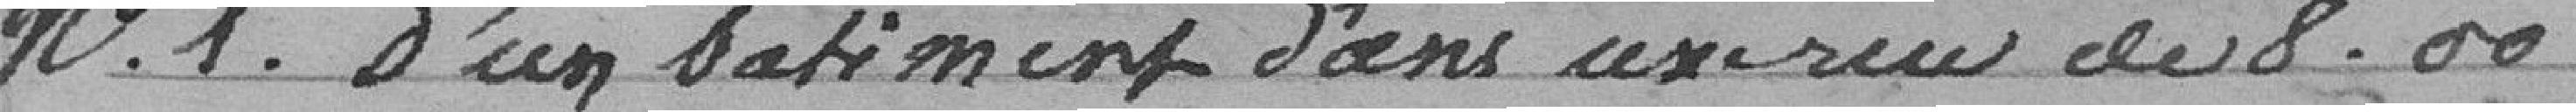
N° 1 d'un bâtiment dans une rue de 8,00 mètres